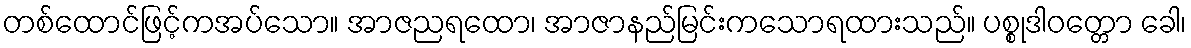
တစ်ထောင်ဖြင့်ကအပ်သော။ အာဇညရထော၊ အာဇာနည်မြင်းကသောရထားသည်။ ပစ္စုဒါဝတ္တော ခေါ၊